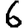
Digit: 6